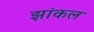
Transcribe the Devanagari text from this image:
झांकल